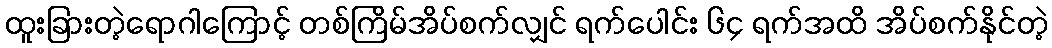
ထူးခြားတဲ့ရောဂါကြောင့် တစ်ကြိမ်အိပ်စက်လျှင် ရက်ပေါင်း ၆၄ ရက်အထိ အိပ်စက်နိုင်တဲ့